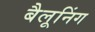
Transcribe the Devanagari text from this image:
बैलूनिंग